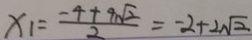
x _ { 1 } = \frac { - 4 + 9 \sqrt { 2 } } { 2 } = - 2 + 2 \sqrt { 2 }